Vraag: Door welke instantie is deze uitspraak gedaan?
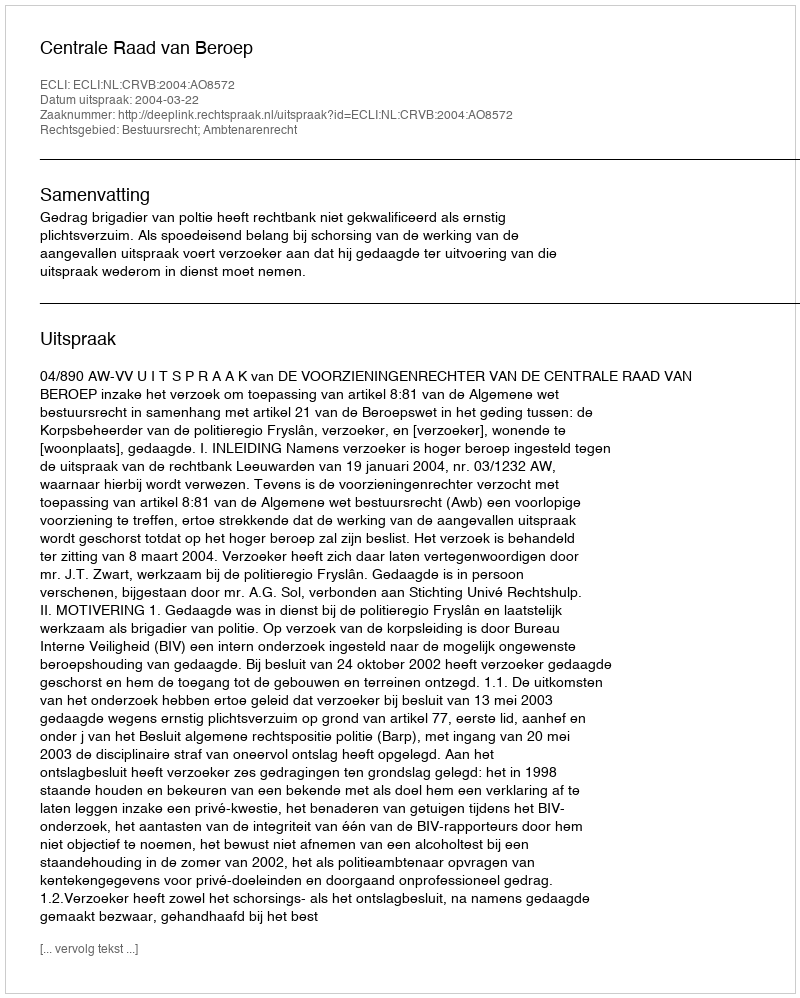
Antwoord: Centrale Raad van Beroep